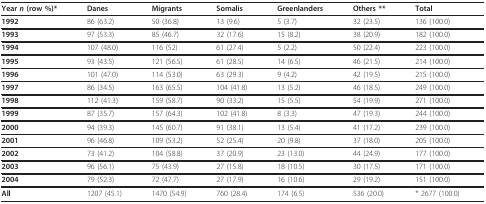
<table><thead><tr><td><b>Year <i>n </i>(row %)*</b></td><td><b>Danes</b></td><td><b>Migrants</b></td><td><b>Somalis</b></td><td><b>Greenlanders</b></td><td><b>Others **</b></td><td><b>Total</b></td></tr></thead><tbody><tr><td><b>1992</b></td><td>86 (63.2)</td><td>50 (36.8)</td><td>13 (9.6)</td><td>5 (3.7)</td><td>32 (23.5)</td><td>136 (100.0)</td></tr><tr><td><b>1993</b></td><td>97 (53.3)</td><td>85 (46.7)</td><td>32 (17.6)</td><td>15 (8.2)</td><td>38 (20.9)</td><td>182 (100.0)</td></tr><tr><td><b>1994</b></td><td>107 (48.0)</td><td>116 (52)</td><td>61 (27.4)</td><td>5 (2.2)</td><td>50 (22.4)</td><td>223 (100.0)</td></tr><tr><td><b>1995</b></td><td>93 (43.5)</td><td>121 (56.5)</td><td>61 (28.5)</td><td>14 (6.5)</td><td>46 (21.5)</td><td>214 (100.0)</td></tr><tr><td><b>1996</b></td><td>101 (47.0)</td><td>114 (53.0)</td><td>63 (29.3)</td><td>9 (4.2)</td><td>42 (19.5)</td><td>215 (100.0)</td></tr><tr><td><b>1997</b></td><td>86 (34.5)</td><td>163 (65.5)</td><td>104 (41.8)</td><td>13 (5.2)</td><td>46 (18.5)</td><td>249 (100.0)</td></tr><tr><td><b>1998</b></td><td>112 (41.3)</td><td>159 (58.7)</td><td>90 (33.2)</td><td>15 (5.5)</td><td>54 (19.9)</td><td>271 (100.0)</td></tr><tr><td><b>1999</b></td><td>87 (35.7)</td><td>157 (64.3)</td><td>102 (41.8)</td><td>8 (3.3)</td><td>47 (19.3)</td><td>244 (100.0)</td></tr><tr><td><b>2000</b></td><td>94 (39.3)</td><td>145 (60.7)</td><td>91 (38.1)</td><td>13 (5.4)</td><td>41 (17.2)</td><td>239 (100.0)</td></tr><tr><td><b>2001</b></td><td>96 (46.8)</td><td>109 (53.2)</td><td>52 (25.4)</td><td>20 (9.8)</td><td>37 (18.0)</td><td>205 (100.0)</td></tr><tr><td><b>2002</b></td><td>73 (41.2)</td><td>104 (58.8)</td><td>37 (20.9)</td><td>23 (13.0)</td><td>44 (24.9)</td><td>177 (100.0)</td></tr><tr><td><b>2003</b></td><td>96 (56.1)</td><td>75 (43.9)</td><td>27 (15.8)</td><td>18 (10.5)</td><td>30 (17.5)</td><td>171 (100.0)</td></tr><tr><td><b>2004</b></td><td>79 (52.3)</td><td>72 (47.7)</td><td>27 (17.9)</td><td>16 (10.6)</td><td>29 (19.2)</td><td>151 (100.0)</td></tr><tr><td><b>All</b></td><td>1207 (45.1)</td><td>1470 (54.9)</td><td>760 (28.4)</td><td>174 (6.5)</td><td>536 (20.0)</td><td>* 2677 (100.0)</td></tr></tbody></table>